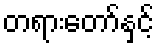
တရားတော်နှင့်